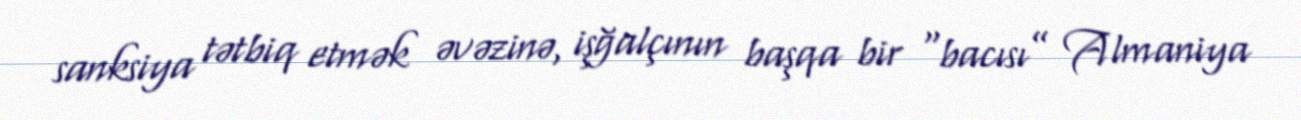
sanksiya tətbiq etmək əvəzinə, işğalçının başqa bir “bacısı” Almaniya